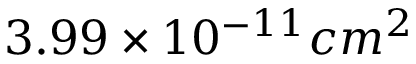
3 . 9 9 \times 1 0 ^ { - 1 1 } c m ^ { 2 }